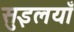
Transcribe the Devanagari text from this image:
सुइलयाँ